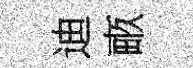
迪畞